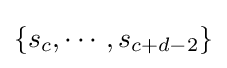
\{s_{c},\cdots ,s_{c+d-2}\}